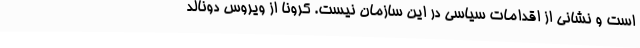
است و نشانی از اقدامات سیاسی در این سازمان نیست. کرونا از ویروس دونالد